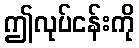
ဤလုပ်ငန်းကို